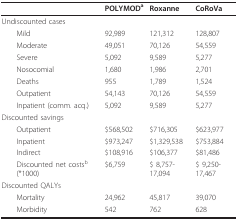
|  | POLYMODa | Roxanne | CoRoVa |
 | --- | --- | --- | --- |
 | Undiscounted cases |  |  |  |
 | Mild | 92,989 | 121,312 | 128,807 |
 | Moderate | 49,051 | 70,126 | 54,559 |
 | Severe | 5,092 | 9,589 | 5,277 |
 | Nosocomial | 1,680 | 1,986 | 2,701 |
 | Deaths | 955 | 1,789 | 1,524 |
 | Outpatient | 54,143 | 70,126 | 54,559 |
 | Inpatient (comm. acq.) | 5,092 | 9,589 | 5,277 |
 | Discounted savings |  |  |  |
 | Outpatient | $568,502 | $716,305 | $623,977 |
 | Inpatient | $973,247 | $1,329,538 | $753,884 |
 | Indirect | $108,916 | $106,377 | $81,486 |
 | Discounted net costsb (*1000) | $6,759 | $ 8,757-17,094 | $ 9,250-17,467 |
 | Discounted QALYs |  |  |  |
 | Mortality | 24,962 | 45,817 | 39,070 |
 | Morbidity | 542 | 762 | 628 |